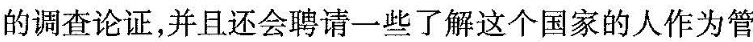
的调查论证，并且还会聘请一些了解这个国家的人作为管